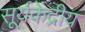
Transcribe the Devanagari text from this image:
सूर्यकेंद्रीय